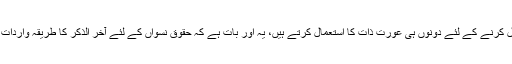
اپنا مقصد حاصل کرنے کے لئے دونوں ہی عورت ذات کا استعمال کرتے ہیں، یہ اور بات ہے کہ حقوق نسواں کے لئے آخر الذکر کا طریقہ واردات مخصوص ہے۔